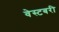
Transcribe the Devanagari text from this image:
वेस्टबरी